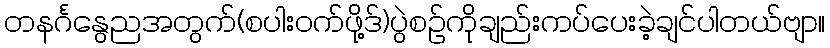
တနင်္ဂနွေညအတွက်(စပါးဝက်ဖို့ဒ်)ပွဲစဉ်ကိုချည်းကပ်ပေးခဲ့ချင်ပါတယ်ဗျာ။